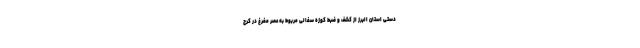
دستی استان البرز از کشف و ضبط کوزه سفالی مربوط به عصر مفرغ در کرج